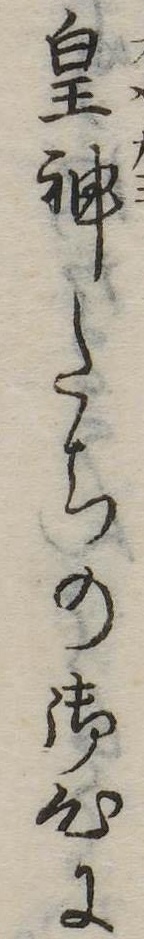
皇神たちの御心に